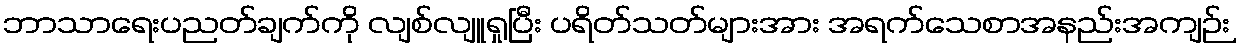
ဘာသာရေးပညတ်ချက်ကို လျစ်လျူရှုပြီး ပရိတ်သတ်များအား အရက်သေစာအနည်းအကျဉ်း